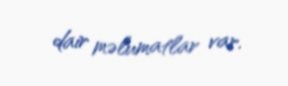
dair məlumatlar var.